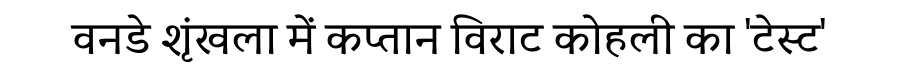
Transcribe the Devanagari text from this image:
वनडे शृंखला में कप्तान विराट कोहली का 'टेस्ट'